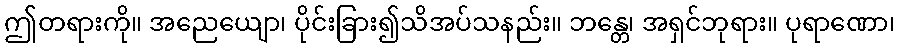
ဤတရားကို။ အညေယျော၊ ပိုင်းခြား၍သိအပ်သနည်း။ ဘန္တေ၊ အရှင်ဘုရား။ ပုရာဏော၊